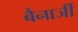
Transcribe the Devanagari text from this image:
बैनार्जी